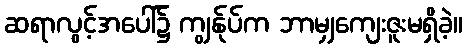
ဆရာလွင့်အပေါ်၌ ကျွန်ုပ်က ဘာမျှကျေးဇူးမရှိခဲ့။